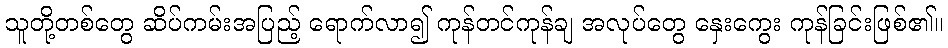
သူတို့တစ်တွေ ဆိပ်ကမ်းအပြည့် ရောက်လာ၍ ကုန်တင်ကုန်ချ အလုပ်တွေ နှေးကွေး ကုန်ခြင်းဖြစ်၏။